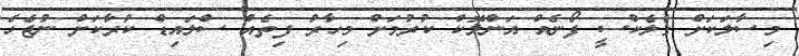
މިސާލަކަށް ގެލެކްސީ ފޯނެއް އަންލޮކް ކުރުމަށް މިހާރު ފިތެއް ސްލައިޑް ކުރާކަށް ނުޖެހެ